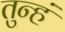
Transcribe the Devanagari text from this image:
तुन्हं